Civil Veterinary Department. Madras. Admin. report 1910-25 - 1910-1925
Year: 1910
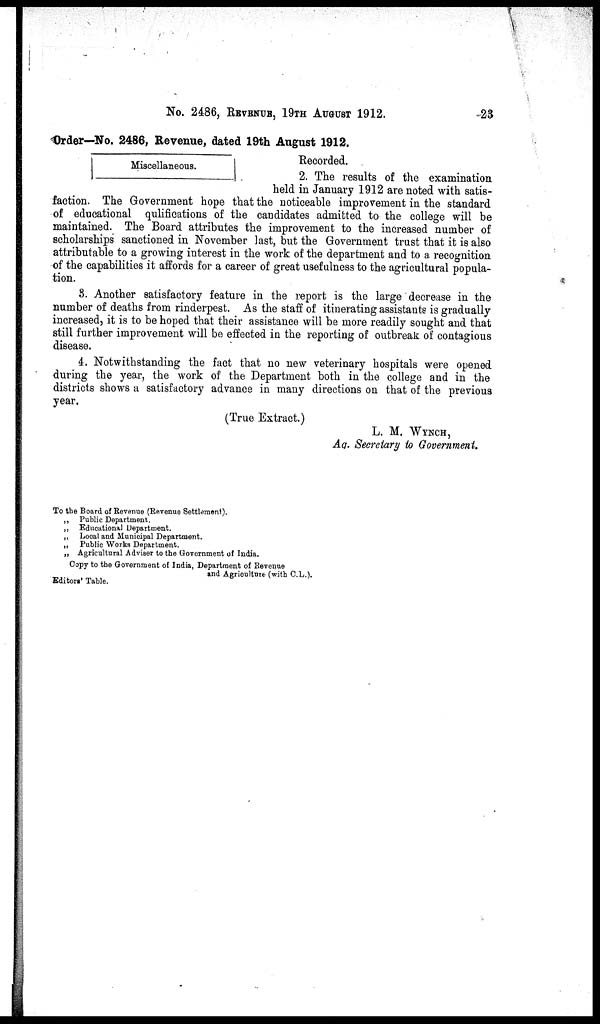
No. 2486, REVENUE, 19TH AUGUST 1912.
23
Miscellaneous.
Order—No. 2486, Revenue, dated 19th August 1912.
Recorded.
2. The results of the examination
held in January 1912 are noted with satis-
faction. The Government hope that the noticeable improvement in the standard
of educational qulifications of the candidates admitted to the college will be
maintained. The Board attributes the improvement to the increased number of
scholarships sanctioned in November last, but the Government trust that it is also
attributable to a growing interest in the work of the department and to a recognition
of the capabilities it affords for a career of great usefulness to the agricultural popula-
tion.
3. Another satisfactory feature in the report is the large decrease in the
number of deaths from rinderpest. As the staff of itinerating assistants is gradually
increased, it is to be hoped that their assistance will be more readily sought and that
still further improvement will be effected in the reporting of outbreak of contagious
disease.
4. Notwithstanding the fact that no new veterinary hospitals were opened
during the year, the work of the Department both in the college and in the
districts shows a satisfactory advance in many directions on that of the previous
year.
(True Extract.)
L. M. WYNCH,
Aq. Secretary to Government,
To the Board of Revenue (Revenue Settlement).
„ Public Department.
„ Educational Department.
„ Local and Municipal Department.
„ Public Works Department.
„ Agricultural Adviser to the Government of India.
Copy to the Government of India, Department of Revenue
and Agriculture (with C.L.).
Editors' Table.